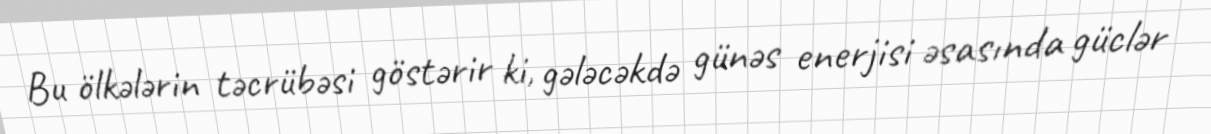
Bu ölkələrin təcrübəsi göstərir ki, gələcəkdə günəs enerjisi əsasında güclər